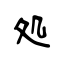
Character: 処